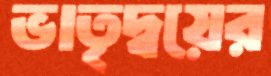
ভাতৃদ্বয়ের